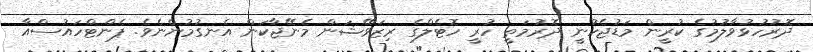
ދޮރުހުޅުވާލުމުގެ ކުރީން މަޑުޖެހުނީ ދޮރުމަތީ ހުރީ ހޮޓެލްގެ ރިޒަވޭޝަން މެނޭޖާކަން އެނގުމުންނެވެ. ޕެންޓްހައުސްއާ